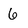
Character: 6